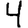
Digit: 4